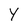
Character: Y